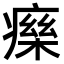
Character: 𤹅